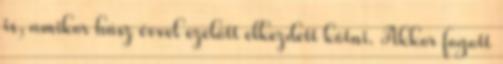
is, amikor húsz évvel ezelőtt elkezdett kötni. Akkor fogott